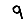
Digit: 9